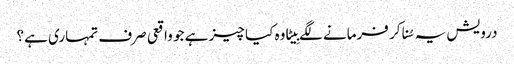
درویش یہ سُنا کر فرمانے لگے بِیٹا وہ کیا چیز ہے جو واقعی صرف تمہاری ہے؟